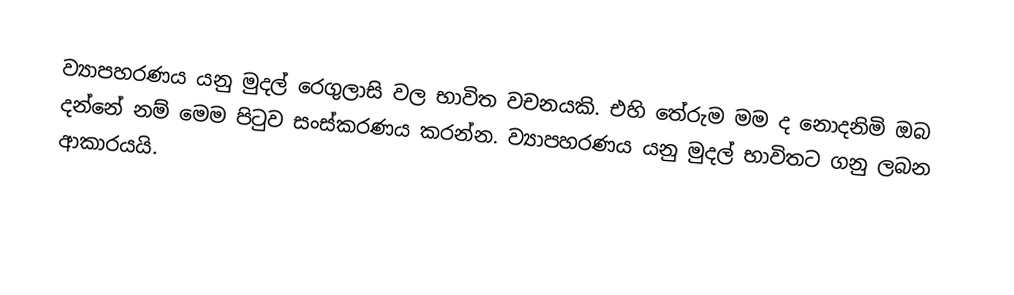
ව්‍යාපහරණය යනු මුදල් රෙගුලාසි වල භාවිත වචනයකි. එහි තේරුම මම ද නොදනිමි ඔබ දන්නේ නම් මෙම පිටුව සංස්කරණය කරන්න. ව්‍යාපහරණය යනු මුදල් භාවිතට ගනු ලබන ආකාරයයි.